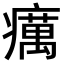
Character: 癘